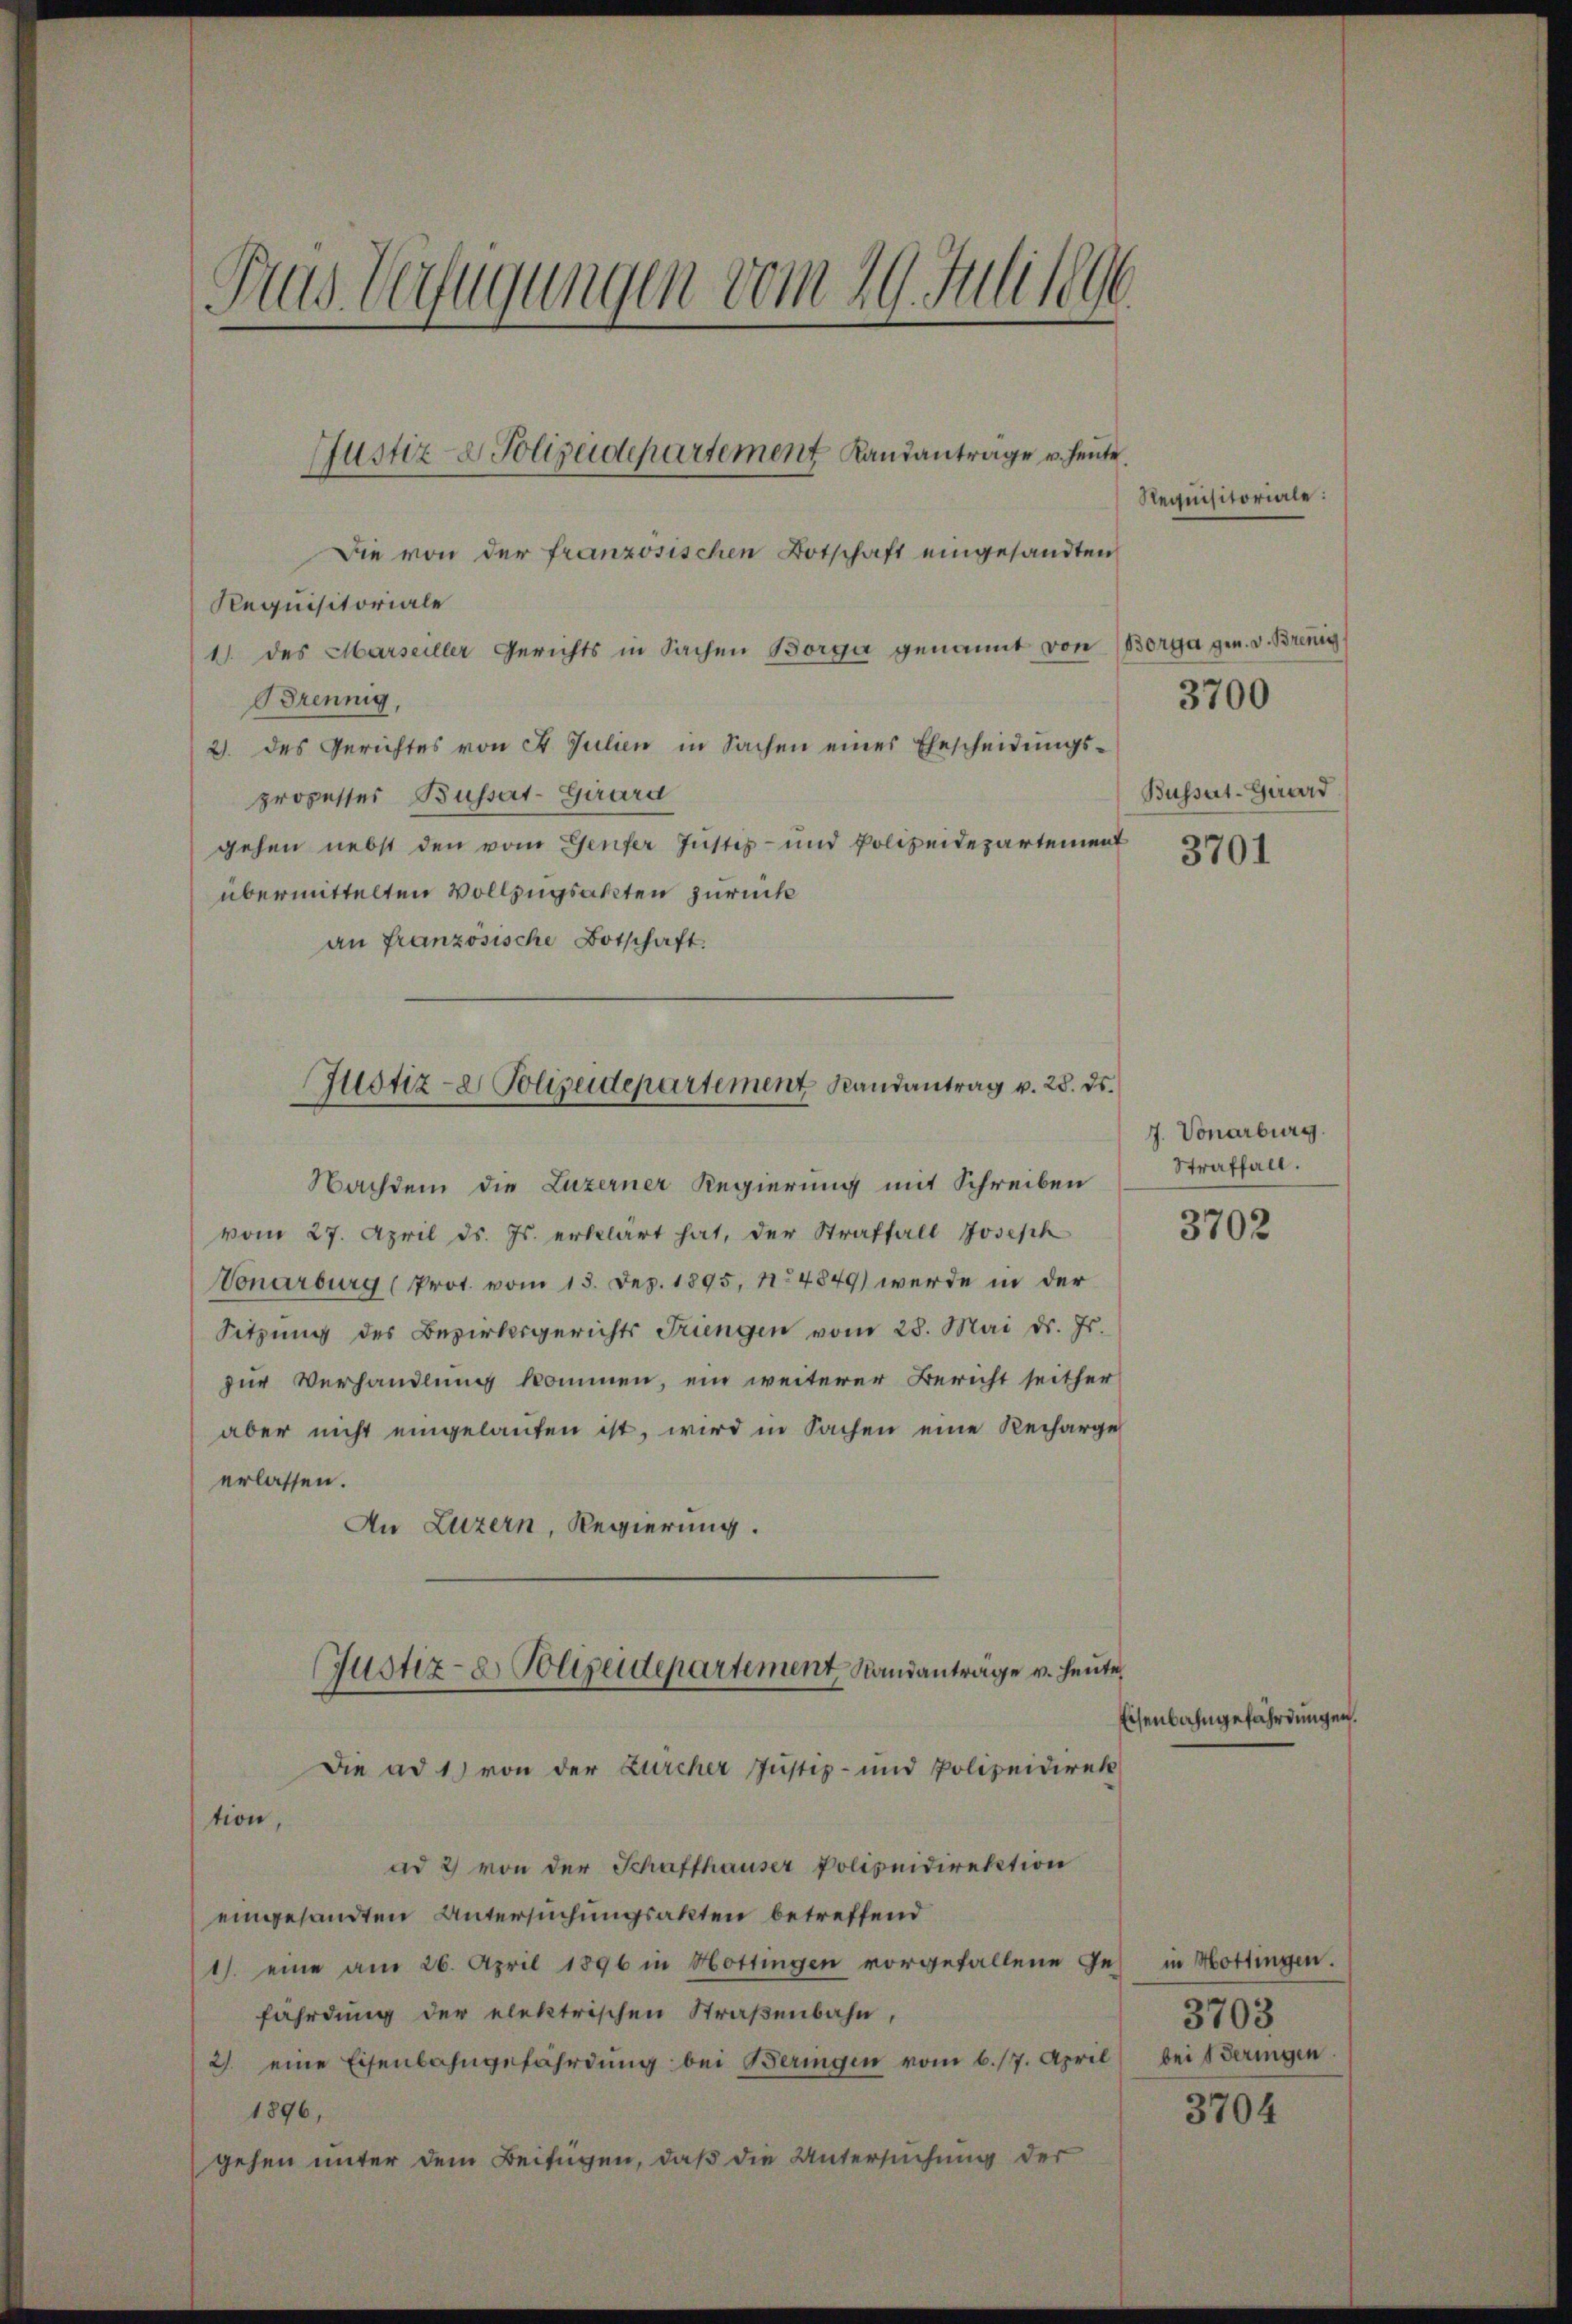
Pus Verfügungen vom 19. Juli 1896

Die von der französischen Botschaft eingesandten
Requisitoriale
1 des Marseiller Gerichts in Sachen Borge genannt von Borga gen. v. Brennig
Brennig,
2. des Gerichtes von 4 Julien in Sachen eines Ehescheidŭngs-
prozesser Bussat-Girard
gehen nebst den vom Genfer Justiz- und Polizeidepartement
übermittelten Vollzugsakten zurück
an französische Botschaft.

Justiz- & Polizeidepartement Randanträge u. heute.

Justiz- & Polizeidepartement Randantrag v. 28. ds.

Nachdem die Luzerner Regierung mit Schreiben
vom 27. April ds. Js. erklärt hat, der Straffall Joseph
Vonarburg (Prot. vom 15. Dez. 1895, No 4849) werde in der
Sitzŭng des Bezirksgerichts Triengen vom 28. Mai d. Js.
zur Verhandlung kommen, ein weiterer Bericht seither
aber nicht eingelaufen ist, wird in Sachen eine Recharge
erlassen.
An Luzern, Regierung.
Justiz- & Polizeidepartement, Standanträge v. heute
Die ad 1) von der Zürcher Justiz- und Polizeidirek
tion,
ad 2) von der Schaffhauser Polizeidirektion
eingesandten Untersuchungsakten betreffend
1. eine am 26. April 1896 in Hottingen vorgefallene Ge-
fährdung der elektrischen Straßenbahn,
2. eine Eisenbahngefährdung bei Beringen vom 6. 17. April
1896,
gehen unter dem Beifügen, daß die Untersuchung der

Requisitoriale:

Busset-Girard

3700

3701

J. Vonarburg.
Straffall.

3702

Eisenbahngefährdungen.

in Hottingen.
3703
bei seringen.
3704